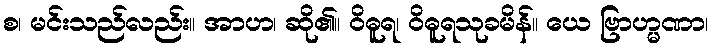
စ၊ မင်းသည်လည်း။ အာဟ၊ ဆို၏။ ဝိဓူရ၊ ဝိဓူရသုခမိန်။ ယေ ဗြာဟ္မဏာ၊